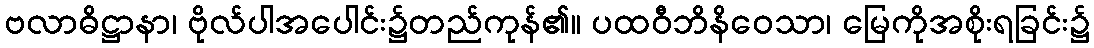
ဗလာဓိဋ္ဌာနာ၊ ဗိုလ်ပါအပေါင်း၌တည်ကုန်၏။ ပထဝီဘိနိဝေသာ၊ မြေကိုအစိုးရခြင်း၌